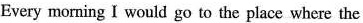
Every morning I would go to the place where the